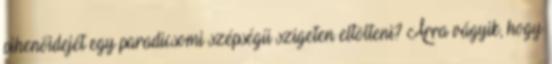
pihenőidejét egy paradicsomi szépségű szigeten eltölteni? Arra vágyik, hogy